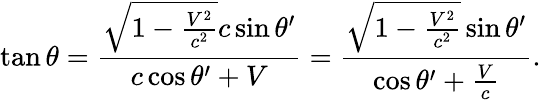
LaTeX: \tan\theta={\frac{{\sqrt{1-{\frac{V^{2}}{c^{2}}}}}c\sin\theta^{\prime}}{c\cos\theta^{\prime}+V}}={\frac{{\sqrt{1-{\frac{V^{2}}{c^{2}}}}}\sin\theta^{\prime}}{\cos\theta^{\prime}+{\frac{V}{c}}}}.